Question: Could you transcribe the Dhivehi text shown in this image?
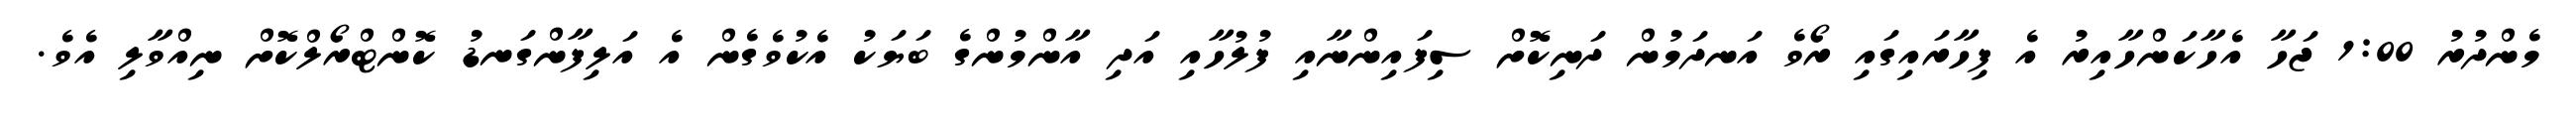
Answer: މެންދުރު 1:00 ޖަހާ އެހާކަންހާއިރު އެ ފިހާރައިގައި ރޯވެ އަނދަމުން ދަނިކޮށް ސިފައިންނާއި ފުލުހާއި އަދި އާންމުންގެ ބަޔަކު އެކުވެގެން އެ އަލިފާންގަނޑު ކޮންޓްރޯލްކޮށް ނިއްވާލި އެވެ.